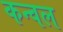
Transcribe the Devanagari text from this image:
कन्वल